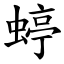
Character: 蝏